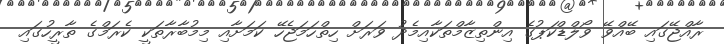
ރާއްޖޭގައި ބޭއްވޭ ވޯލްޑްކަޕުގެ އިންތިޒާމްތަކާއިމެދު ވަރަށް ހިތްހަމަޖެހޭ ކަމަށާއި މިމުބާރާތަކީ ކެރަމްގެ ތާރީހުގައި